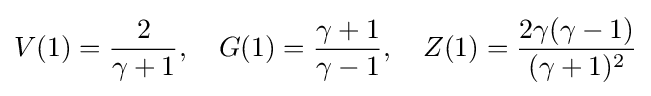
V(1)={\frac {2}{\gamma +1}},\quad G(1)={\frac {\gamma +1}{\gamma -1}},\quad Z(1)={\frac {2\gamma (\gamma -1)}{(\gamma +1)^{2}}}